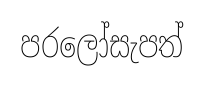
පරලෝසැපත්